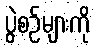
ပွဲစဉ်များကို